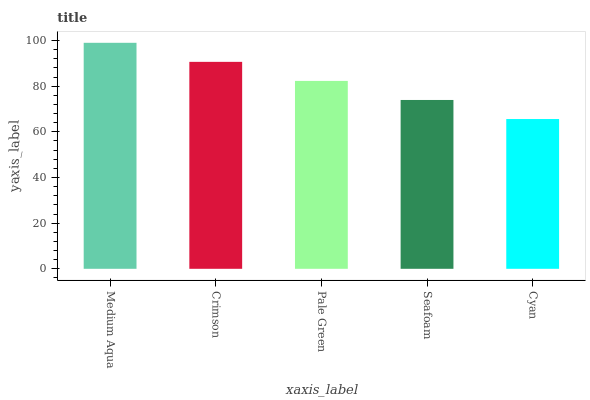
| xaxis_label | bars |
 | --- | --- |
 | Medium Aqua | 99 |
 | Crimson | 90.7 |
 | Pale Green | 82.3 |
 | Seafoam | 74 |
 | Cyan | 65.6 |